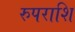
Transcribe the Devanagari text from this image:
रुपराशि